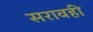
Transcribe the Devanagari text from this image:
सरावही